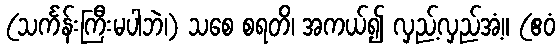
(သင်္ကန်းကြီးမပါဘဲ၊) သစေ စရတိ၊ အကယ်၍ လှည့်လှည်အံ့။ (ဧဝံ